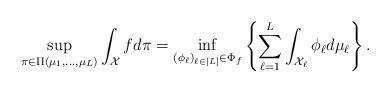
LaTeX: \begin{align*} \sup_{\pi \in \Pi(\mu_1, \dotsc, \mu_L)} \int_{\mathcal{X}} f d\pi = \inf_{ (\phi_\ell)_{\ell \in [L]} \in \Phi_f } \left\{\sum_{\ell=1}^{L} \int_{\mathcal{X}_\ell} \phi_\ell d \mu_\ell \right\}.\end{align*}